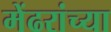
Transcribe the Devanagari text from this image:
मेंढरांच्या